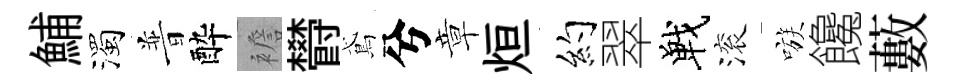
鯆濁普酔襜欎鳶兮章烜约翠戰滚嗾饞藪